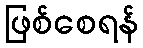
ဖြစ်စေရန်